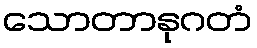
သောတာနုဂတံ